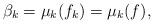
LaTeX: \begin{align*}\beta_k = \mu_k(f_k) = \mu_k(f),\end{align*}